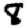
Digit: 8